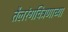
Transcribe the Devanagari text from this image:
तैलरंगचित्रणाच्या